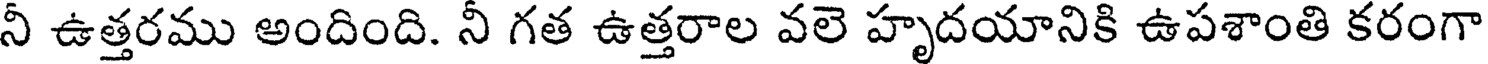
నీ ఉత్తరము అందింది. నీ గత ఉత్తరాల వలె హృదయానికి ఉపశాంతి కరంగా